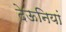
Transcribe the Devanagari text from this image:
देऊनियां